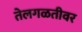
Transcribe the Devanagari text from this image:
तेलगळतीवर